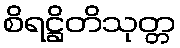
စိရဋ္ဌိတိသုတ္တ